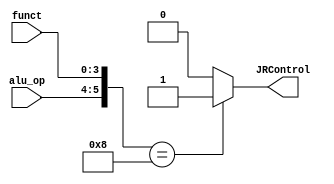
module JR_Control( input[1:0] alu_op, 
input [3:0] funct,
output JRControl
);
assign JRControl = ({alu_op,funct}==6'b001000) ? 1'b1 : 1'b0;

endmodule